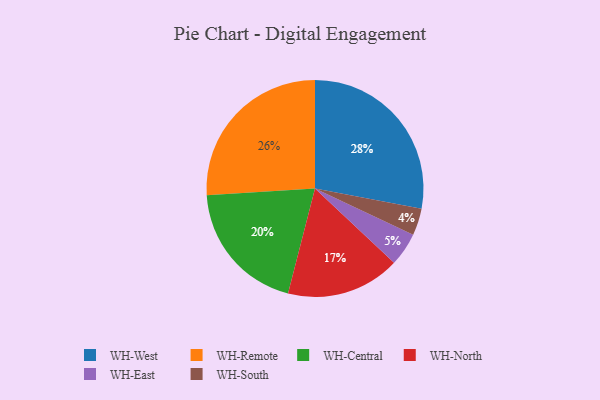
{"axis": {"x": "Category", "y": "Percentage"}, "legend": ["WH-Central", "WH-East", "WH-North", "WH-Remote", "WH-South", "WH-West"], "data": [{"x": "WH-East", "y": 5, "type": "WH-East"}, {"x": "WH-South", "y": 4, "type": "WH-South"}, {"x": "WH-Remote", "y": 26, "type": "WH-Remote"}, {"x": "WH-North", "y": 17, "type": "WH-North"}, {"x": "WH-Central", "y": 20, "type": "WH-Central"}, {"x": "WH-West", "y": 28, "type": "WH-West"}]}